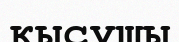
қысушы